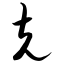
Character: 克